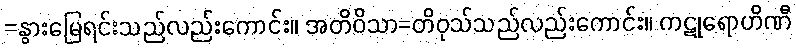
=နွားမြေရင်းသည်လည်းကောင်း။ အတိဝိသာ=တိဝုသ်သည်လည်းကောင်း။ ကဋုရောဟိဏီ